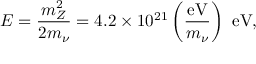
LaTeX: E = { \frac { m _ { Z } ^ { 2 } } { 2 m _ { \nu } } } = 4 . 2 \times 1 0 ^ { 2 1 } \left( { \frac { \mathrm { e V } } { m _ { \nu } } } \right) ~ { \mathrm { e V } } ,